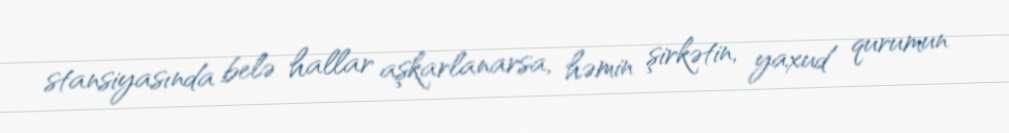
stansiyasında belə hallar aşkarlanarsa, həmin şirkətin, yaxud qurumun